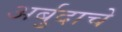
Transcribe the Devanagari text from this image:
अर्बुदाचे